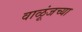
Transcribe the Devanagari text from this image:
वाळूंजच्या